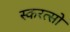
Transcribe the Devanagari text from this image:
स्करत्सो